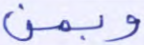
وبمن